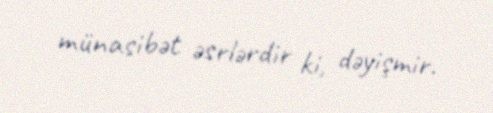
münasibət əsrlərdir ki, dəyişmir.